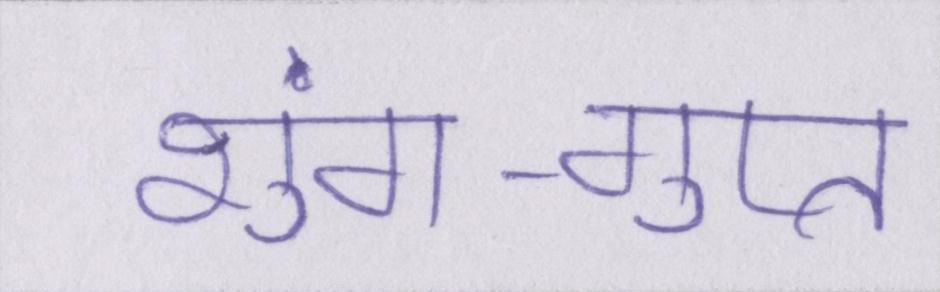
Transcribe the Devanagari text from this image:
शुंग-गुप्त